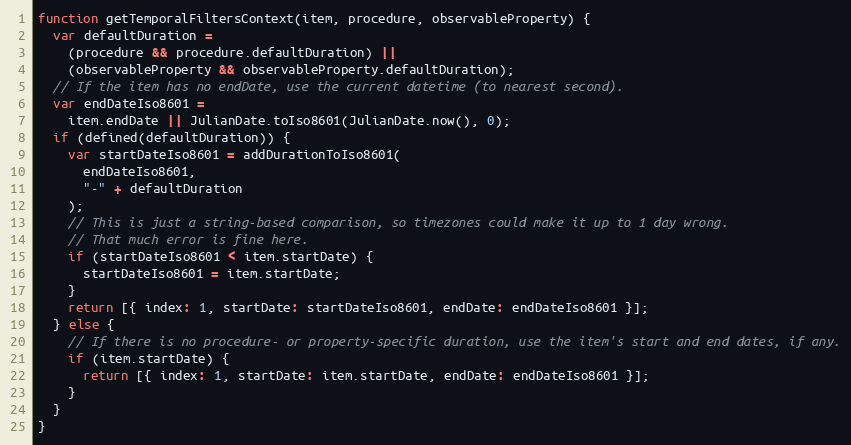
Language: JavaScript
function getTemporalFiltersContext(item, procedure, observableProperty) {
  var defaultDuration =
    (procedure && procedure.defaultDuration) ||
    (observableProperty && observableProperty.defaultDuration);
  // If the item has no endDate, use the current datetime (to nearest second).
  var endDateIso8601 =
    item.endDate || JulianDate.toIso8601(JulianDate.now(), 0);
  if (defined(defaultDuration)) {
    var startDateIso8601 = addDurationToIso8601(
      endDateIso8601,
      "-" + defaultDuration
    );
    // This is just a string-based comparison, so timezones could make it up to 1 day wrong.
    // That much error is fine here.
    if (startDateIso8601 < item.startDate) {
      startDateIso8601 = item.startDate;
    }
    return [{ index: 1, startDate: startDateIso8601, endDate: endDateIso8601 }];
  } else {
    // If there is no procedure- or property-specific duration, use the item's start and end dates, if any.
    if (item.startDate) {
      return [{ index: 1, startDate: item.startDate, endDate: endDateIso8601 }];
    }
  }
}